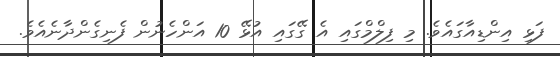
ފަޅި އިންޑިއާގައެވެ. މި ފިލްމްގައި އެ ގޭގައި އުޅޭ 10 އަންހެނުން ފެނިގެންދާނެއެވެ.